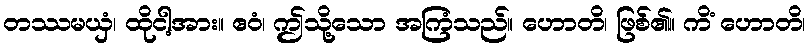
တဿမယှံ၊ ထိုငါ့အား။ ဧဝံ၊ ဤသို့သော အကြံသည်။ ဟောတိ၊ ဖြစ်၏။ ကိံ ဟောတိ၊